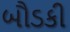
બૌડકી